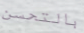
بالتحسن